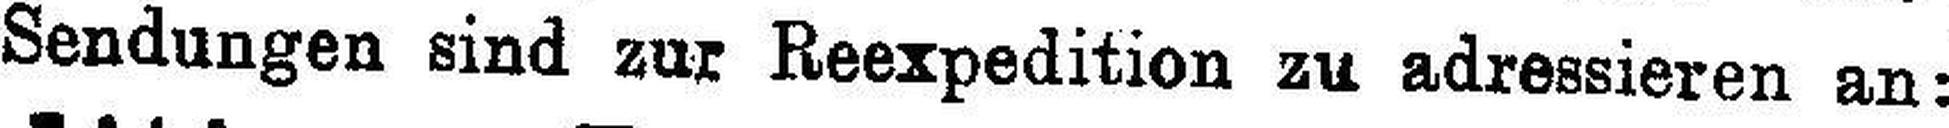
Sendungen sind zur Reexpedition zu adressieren an: